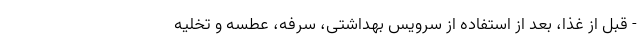
- قبل از غذا، بعد از استفاده از سرویس بهداشتی، سرفه، عطسه و تخلیه